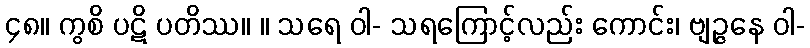
၄၈။ ကွစိ ပဋိ ပတိဿ။ ။ သရေ ဝါ- သရကြောင့်လည်း ကောင်း၊ ဗျဉ္ဇနေ ဝါ-